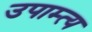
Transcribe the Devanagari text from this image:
उपाम्त्य